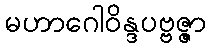
မဟာဂေါဝိန္ဒပဗ္ဗဇ္ဇာ